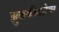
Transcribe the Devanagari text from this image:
झुळकीबरोबर